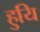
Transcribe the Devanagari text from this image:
हुयि